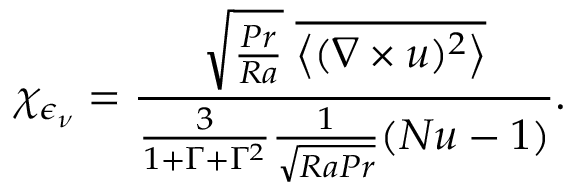
\chi _ { \epsilon _ { \nu } } = \frac { \sqrt { \frac { P r } { R a } } \; \overline { { \left\langle ( \nabla \times u ) ^ { 2 } \right\rangle } } } { \frac { 3 } { 1 + \Gamma + \Gamma ^ { 2 } } \frac { 1 } { \sqrt { R a P r } } ( N u - 1 ) } .